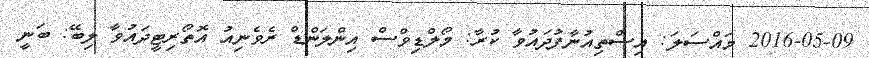
2016-05-09 މައްސަލަ: އިސްތިއުނާފުދައުވާ ކުރާ: މޯލްޑިވްސް އިންލަންޑް ރެވެނިއު އޮތޯރިޓީދައުވާ ލިބޭ: ބަނީ